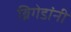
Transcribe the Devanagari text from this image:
ब्रिगेडांनी